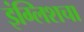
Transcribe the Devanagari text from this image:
इंग्लिशचा